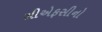
સીએફસીનો